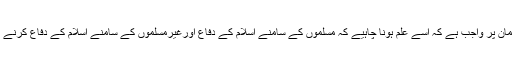
سب سے پہلے مسلمان پر واجب ہے کہ اسے علم ہونا چاہیے کہ مسلموں کے سامنے اسلام کے دفاع اورغیرمسلموں کے سامنے اسلام کے دفاع کرنے میں بہت فرق ہے ۔